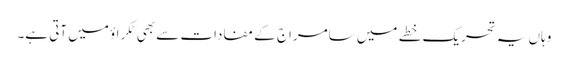
وہاں یہ تحریک خطے میں سامراج کے مفادات سے بھی ٹکراؤ میں آتی ہے۔